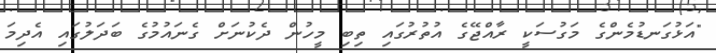
"އަޅުގަނޑުމެންގެ މަގުސަކީ ރާއްޖޭގެ އުތުރުގައި ތިބި މީހުން ދެކުނަށް ގެނައުމުގެ ބަދަލުގައި އެދިމަ